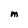
Character: M